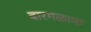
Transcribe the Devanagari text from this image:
बारगळाना